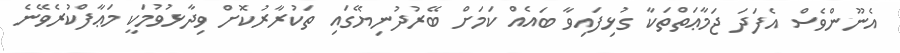
އެނޫންވެސް އެފަދަ ޖަމާޢަތްތަކާ ގުޅިފައިވާ ބައެއް ކަމަށް ބޭރުދުނިޔޭގައި ތަކުރާރުކޮށް ވިދާޅުވުމަކީ މަޢާފްކުރެވޭނެ